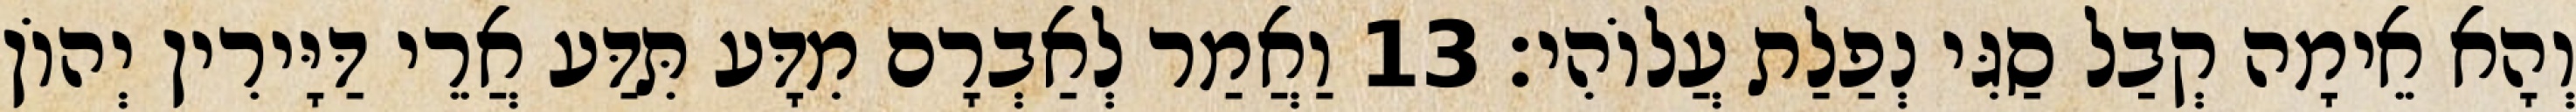
וְהָא אֵימָה קְבַל סַגִּי נְפַלַת עֲלוֹהִי׃ 13 וַאֲמַר לְאַבְרָם מִדָּע תִּדַּע אֲרֵי דַּיָּירִין יְהוֹן